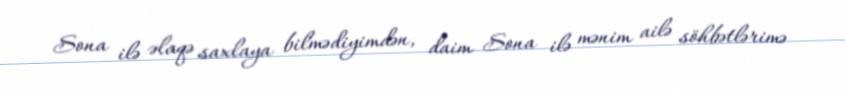
Sona ilə əlaqə saxlaya bilmədiyimdən, daim Sona ilə mənim ailə söhbətlərimə